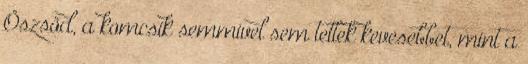
Öszsöd, a komcsik semmivel sem tettek kevesebbet, mint a